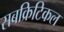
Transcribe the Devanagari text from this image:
सबक्रिटिकल